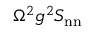
\Omega ^ { 2 } g ^ { 2 } S _ { \mathrm { n n } }